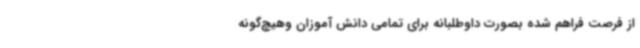
از فرصت فراهم شده بصورت داوطلبانه برای تمامی دانش آموزان وهیچ‌گونه